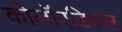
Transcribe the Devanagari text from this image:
कोलॉएडियल